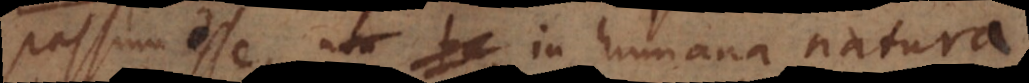
passum esse, in humana natura